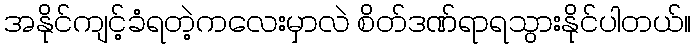
အနိုင်ကျင့်ခံရတဲ့ကလေးမှာလဲ စိတ်ဒဏ်ရာရသွားနိုင်ပါတယ်။